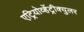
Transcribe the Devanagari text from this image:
एट्रियोव्हेंट्रीक्युलर